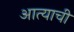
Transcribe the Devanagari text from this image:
आत्याची